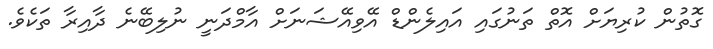
ގޮތުން ކުރިޔަށް އޮތް ތަނުގައި އައިލެންޑް އޭވިއޭޝަނަށް އާމްދަނީ ނުލިބޭނެ ދާއިރާ ތަކެވެ.